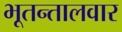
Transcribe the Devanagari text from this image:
भूतन्तालवार